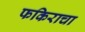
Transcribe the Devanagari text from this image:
फकिराचा